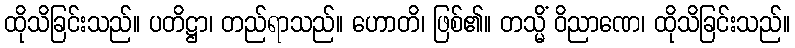
ထိုသိခြင်းသည်။ ပတိဋ္ဌာ၊ တည်ရာသည်။ ဟောတိ၊ ဖြစ်၏။ တသ္မိံ ဝိညာဏေ၊ ထိုသိခြင်းသည်။